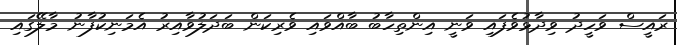
ރައީސް ވަހީދު ވިދާޅުވެފައި ވަނީ އިންތިހާބު ބާއްވައި ވެރިކަން ބަދަލުވާއިރު އެމަނިކުފާނު މާލޭގައި